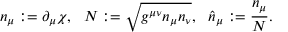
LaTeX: n _ { \mu } : = \partial _ { \mu } \chi , \ \ N : = \sqrt { g ^ { \mu \nu } n _ { \mu } n _ { \nu } } , \ \ \hat { n } _ { \mu } : = \frac { n _ { \mu } } { N } .